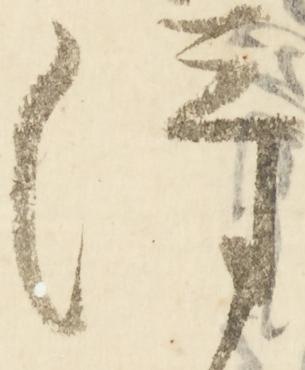
得